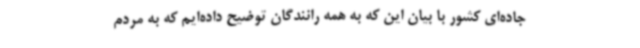
جاده‌ای کشور با بیان این که به همه رانندگان توضیح داده‌ایم که به مردم